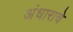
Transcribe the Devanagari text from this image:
अंधाराचे